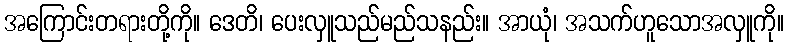
အကြောင်းတရားတို့ကို။ ဒေတိ၊ ပေးလှူသည်မည်သနည်း။ အာယုံ၊ အသက်ဟူသောအလှူကို။